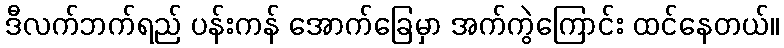
ဒီလက်ဘက်ရည် ပန်းကန် အောက်ခြေမှာ အက်ကွဲကြောင်း ထင်နေတယ်။